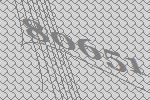
80651